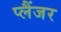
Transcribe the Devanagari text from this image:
प्लैंजर